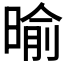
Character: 𣈥